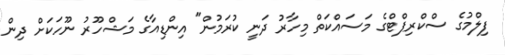
ފިލްމުގެ ސްކްރިޕްޓްގެ މަސައްކަތް މިހާރު ދަނީ ކުރަމުން" އިންޑިއާގެ މަޝްހޫރު ނޫހަކަށް ދިން